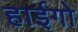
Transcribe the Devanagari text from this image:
हाईगो